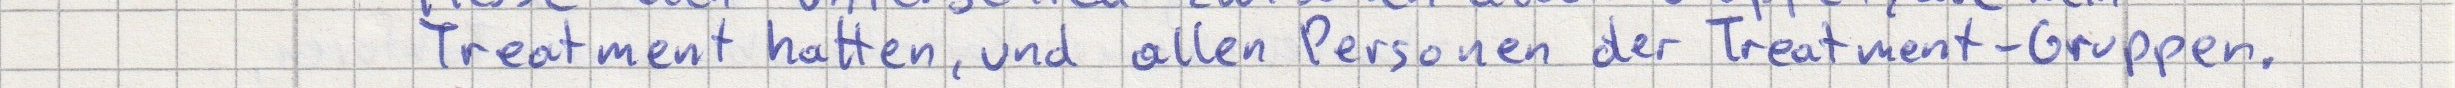
Treatment hatten, und allen Personen der Treatment-Gruppen.